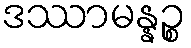
ဒဿာမန္နဉ္စ